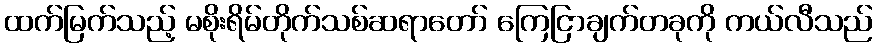
ထက်မြက်သည့် မစိုးရိမ်တိုက်သစ်ဆရာတော် ကြေငြာချက်တခုကို ကယ်လီသည်